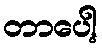
တာပေါ့